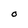
Character: O